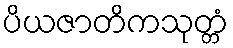
ပိယဇာတိကသုတ္တံ